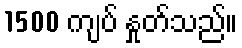
1500 ကျပ် နှုတ်သည်။